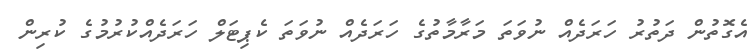
އެގޮތުން ދަތުރު ހަރަދެއް ނުވަތަ މަރާމާތުގެ ހަރަދެއް ނުވަތަ ކެޕިޓަލް ހަރަދެއްކުރުމުގެ ކުރިން